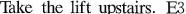
Take the lift upstairs. E3